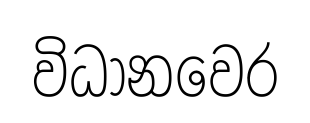
විධානවෙර